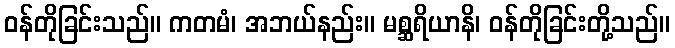
ဝန်တိုခြင်းသည်။ ကတမံ၊ အဘယ်နည်း။ မစ္ဆရိယာနိ၊ ဝန်တိုခြင်းတို့သည်။